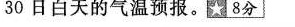
30日白天的气温预报。\star8分